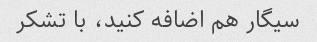
سیگار هم اضافه کنید، با تشکر